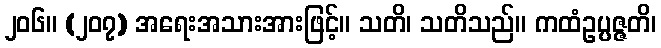
၂၀၆။ (၂၀၇) အရေးအသားအားဖြင့်။ သတိ၊ သတိသည်။ ကထံဥပ္ပဇ္ဇတိ၊